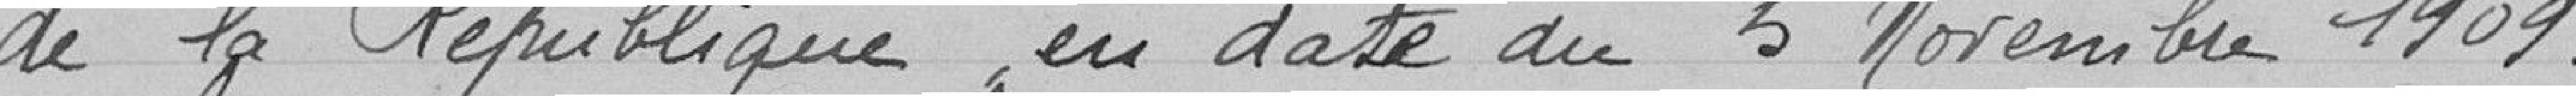
judication pour une durée de 3 ans. La dernière adjudica-